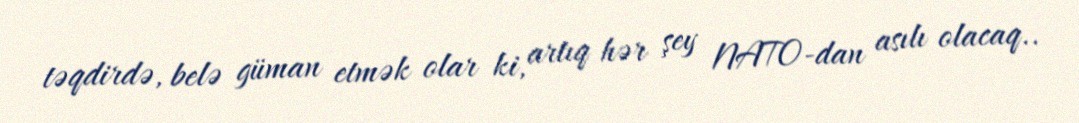
təqdirdə, belə güman etmək olar ki, artıq hər şey NATO-dan asılı olacaq..